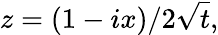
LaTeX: z=(1-ix)/2{\sqrt{t}},